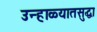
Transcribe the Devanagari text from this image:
उन्हाळ्यातसुद्धा